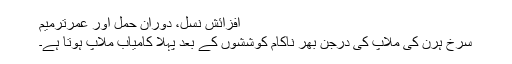
افزائش نسل، دوران حمل اور عمرترميم
سرخ ہرن کی ملاپ کی درجن بھر ناکام کوششوں کے بعد پہلا کامیاب ملاپ ہوتا ہے۔